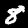
Digit: 8